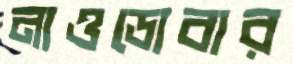
নাওডোবার